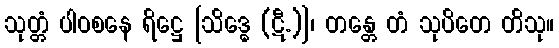
သုတ္တံ ပါဝစနေ ရိဋ္ဌေ [သိဒ္ဓေ (ဋီ.)]၊ တန္တေ တံ သုပိတေ တိသု။